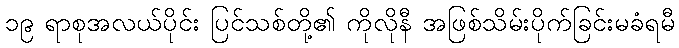
၁၉ ရာစုအလယ်ပိုင်း ပြင်သစ်တို့၏ ကိုလိုနီ အဖြစ်သိမ်းပိုက်ခြင်းမခံရမီ